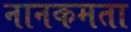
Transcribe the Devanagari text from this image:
नानकमता